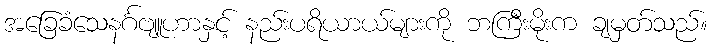
အခြေခံသေနင်္ဂဗျူဟာနှင့် နည်းပရိယာယ်များကို ဘကြီးမိုးက ချမှတ်သည်။